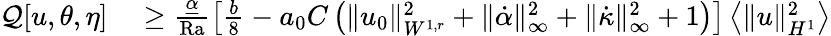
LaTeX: \begin{array}{rl}{\mathcal{Q}[u,\theta,\eta]}&{{}\geq\frac{\underline{{\alpha}}}{\mathrm{{Ra}}}\left[\frac{b}{8}-a_{0}C\left(\| u_{0}\| _{W^{1,r}}^{2}+\| \dot{\alpha}\| _{\infty}^{2}+\| \dot{\kappa}\| _{\infty}^{2}+1\right)\right]\left\langle\| u\| _{H^{1}}^{2}\right\rangle}\end{array}